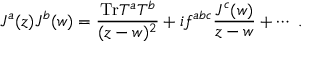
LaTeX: J ^ { a } ( z ) J ^ { b } ( w ) = \frac { \mathrm { T r } T ^ { a } T ^ { b } } { ( z - w ) ^ { 2 } } + i f ^ { a b c } \frac { J ^ { c } ( w ) } { z - w } + \cdots ~ .